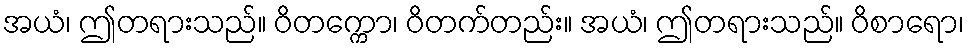
အယံ၊ ဤတရားသည်။ ဝိတက္ကော၊ ဝိတက်တည်း။ အယံ၊ ဤတရားသည်။ ဝိစာရော၊